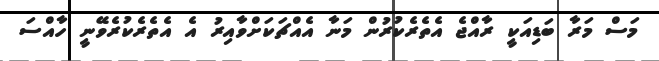
މަސް މަރާ ބަޑިއަކީ ރާއްޖެ އެތެރެކުުރުން މަނާ އެއްޗަކަށްވާއިރު އެ އެތެރެކުރެވޭނީ ހާއްސަ